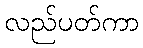
လည်ပတ်ကာ